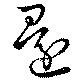
還